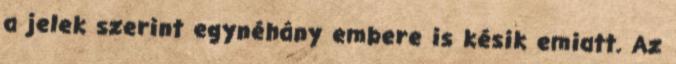
a jelek szerint egynéhány embere is késik emiatt. Az